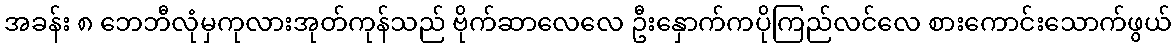
အခန်း ၈ ဘေဘီလုံမှကုလားအုတ်ကုန်သည် ဗိုက်ဆာလေလေ ဦးနှောက်ကပိုကြည်လင်လေ စားကောင်းသောက်ဖွယ်